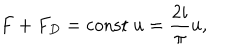
LaTeX: F + F _ { D } = \mathrm { c o n s t } \ u = \frac { 2 i } { \pi } u ,